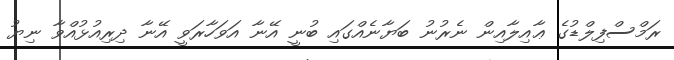
ރަމްސްފިލްޑުގެ ޢާއިލާއިން ނެރުނު ބަޔާނެއްގައި ބުނީ އޭނާ އަވަހާރަވީ އޭނާ ދިރިއުޅުއްވާ ނިޔު